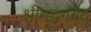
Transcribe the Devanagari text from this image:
श्रीमद्भगवद्